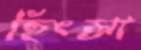
হিংস্রা